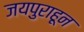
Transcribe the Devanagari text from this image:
जयपुराहून